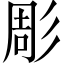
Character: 彫